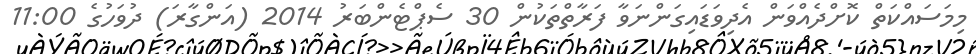
މިމަސައްކަތް ކޮށްދެއްވަން އެދިވަޑައިގަންނަވާ ފަރާތްތަކުން 30 ސެޕްޓެންބަރު 2014 (އަންގާރަ) ދުވަހުގެ 11:00